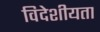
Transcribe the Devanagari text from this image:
विदेशीयता